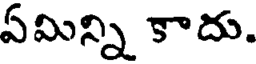
ఏమిన్ని కాదు.